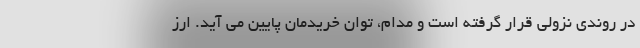
در روندی نزولی قرار گرفته است و مدام، توان خریدمان پایین می آید. ارز